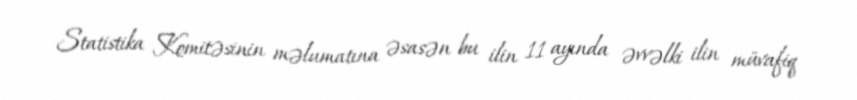
Statistika Komitəsinin məlumatına əsasən bu ilin 11 ayında əvvəlki ilin müvafiq